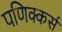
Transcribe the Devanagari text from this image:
पणिक्कर्स